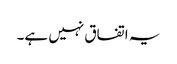
یہ اتفاق نہیں ہے۔